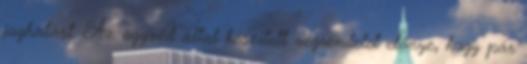
joghatást. Az ügyvéd által készített végrendelet előnye, hogy pár